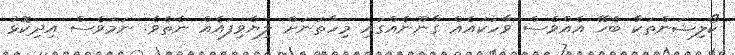
ކޯލިޝަންތަކާ ބެހޭ އެއްވެސް ވާހަކައެއް ގާނޫނެއްގައި މިހާތަނަށް ލިޔެވިފައެއް ނެތެވެ. ނަމަވެސް އިދިކޮޅު